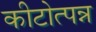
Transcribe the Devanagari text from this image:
कीटोत्पन्न